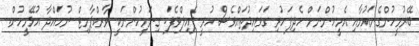
ބޭރުމީހުންގެނައުމާއި އެމީހުންނަށް ހެދިފަހުރި ގަވައިދުތައްވެސް ހުރީ ފެއިލްވެފަ. ގިނަމީހުންނަކީ ވާރކްޕާމިޓް ނުހައްދާ އުޅޭމީހުން.